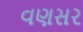
વણસર